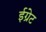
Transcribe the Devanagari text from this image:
ईग्रेट